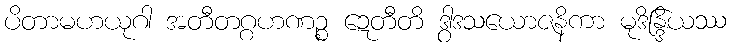
ပိတာမဟယုဂါ အတီတဂ္ဂဟဏဉ္စ ဍေတီတိ ဒွါဒသယောဇနိကာ မုဒိန္ဒြိယဿ